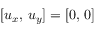
[ u _ { x } , \, u _ { y } ] = [ 0 , \, 0 ]